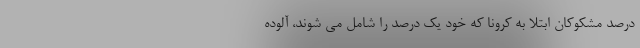
درصد مشکوکان ابتلا به کرونا که خود یک درصد را شامل می شوند، آلوده